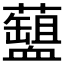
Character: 𧗘